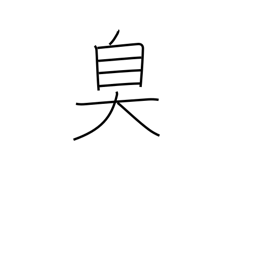
Meaning: be fragrant